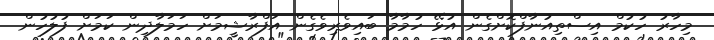
މިހާރު ހުކުމް އިސްތިއުނާފްކޮށްގެން އުޅޭ ހުމާމާ ބައިވެރިވެގެން އަފްރާޝީމަށް ހަމަލާދިން ކަމަށް ފުލުހުން